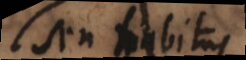
seu habitus